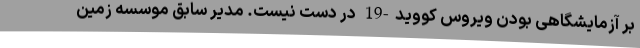
بر آزمایشگاهی بودن ویروس کووید-19 در دست نیست. مدیر سابق موسسه زمین